Cholera in India, 1862 to 1881
Year: 1862
Disease focus: Cholera
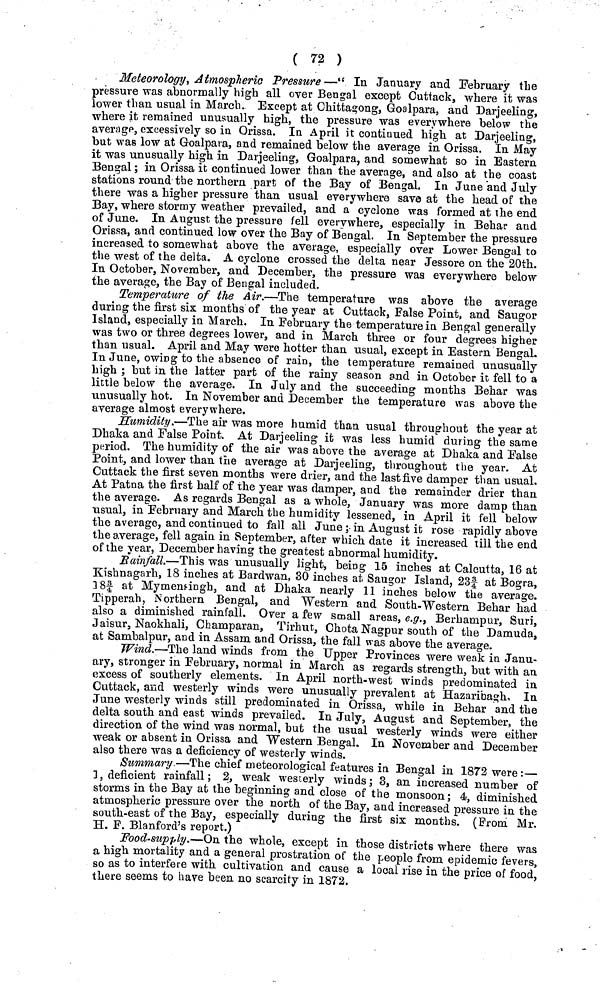
( 72 )
Meteorology, Atmospheric Pressure—" In January and February the
pressure was abnormally high all over Bengal except Cuttack, where it was
lower than usual in March. Except at Chittagong, Goalpara, and Darjeeling,
where it remained unusually high, the pressure was everywhere below the
average, excessively so in Orissa. In April it continued high at Darjeeling,
but was low at Goalpara, and remained below the average in Orissa. In May
it was unusually high in Darjeeling, Goalpara, and somewhat so in Eastern
Bengal; in Orissa it continued lower than the average, and also at the coast
stations round the northern part of the Bay of Bengal, In June and July
there was a higher pressure than usual everywhere save at the head of the
Bay, where stormy weather prevailed, and a cyclone was formed at the end
of June. In August the pressure fell evervwhere, especially in Behar and
Orissa, and continued low over the Bay of Bengal. In September the pressure
increased to somewhat above the average, especially over Lower Bengal to
the west of the delta. A cyclone crossed the delta near Jessore on the 20th.
In October, November, and December, the pressure was everywhere below
the average, the Bay of Bengal included.
Temperature of the Air.—The temperature was above the average
during the first six months of the year at Cuttack, False Point, and Saugor
Island, especially in March. In February the temperature in Bengal generally
was two or three degrees lower, and in March three or four degrees higher
than usual. April and May were hotter than usual, except in Eastern Bengal.
In June, owing to the absence of rain, the temperature remained unusually
high ; but in the latter part of the rainy season and in October it fell to a
little below the average. In July and the succeeding months Behar was
unusually hot. In November and December the temperature was above the
average almost everywhere.
Humidity.—The air was more humid than usual throughout the year at
Dhaka and False Point. At Darjeeling it was less humid during the same
period. The humidity of the air was above the average at Dhaka and False
Point, and lower than the average at Darjeeling, throughout the year. At
Cuttack the first seven months were drier, and the last five damper than usual.
At Patna the first half of the year was damper, and the remainder drier than
the average. As regards Bengal as a whole, January was more damp than
usual, in February and March the humidity lessened, in April it fell below
the average, and continued to fall all June ; in August it rose rapidly above
the average, fell again in September, after which date it increased till the end
of the year, December having the greatest abnormal humidity.
Rainfall.—This was unusually light, being 15 inches at Calcutta, 16 at
Kishnagarh, 18 inches at Bardwan, 30 inches at Saugor Island, 23f at Bogra,
38 3 / 4 at Mymensingh, and at Dhaka nearly 11 inches below the average.
Tipperah, Northern Bengal, and Western and South-Western Behar had
also a diminished rainfall. Over a few small areas, e.g., Berhampur, Suri,
Jaisur, Naokhali, Champaran, Tirhut, Chota Nagpur south of the Damuda,
at Sambalpur, and in Assam and Orissa, the fall was above the average.
Wind.—The land winds from the Upper Provinces were weak in Janu-
ary, stronger in February, normal in March as regards strength, but with an
excess of southerly elements. In April north-west winds predominated in
Cuttack, and westerly winds were unusually prevalent at Hazaribagh, In
June westerly winds still predominated in Orissa, while in Behar and the
delta south and east winds prevailed. In July, August and September, the
direction of the wind was normal, but the usual westerly winds were either
weak or absent in Orissa and Western Bengal. In November and December
also there was a deficiency of westerly winds.
Summary —The chief meteorological features in Bengal in 1872 were:—
3, deficient rainfall; 2, weak westerly winds; 3, an increased number of
storms in the Bay at the beginning and close of the monsoon; 4, diminished
atmospheric pressure over the north of the Bay, and increased pressure in the
south-east of the Bay, especially during the first six months. (From Mr.
H. F. Blanford's report.)
Food-supply.—On the whole, except in those districts where there was
a high mortality and a general prostration of the people from epidemic fevers,
so as to interfere with cultivation and cause a local rise in the price of food,
there seems to have been no scarcity in 1872,